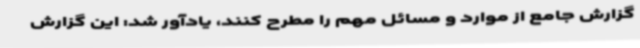
گزارش جامع از موارد و مسائل مهم را مطرح کنند، یادآور شد: این گزارش